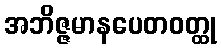
အဘိဇ္ဇမာနပေတဝတ္ထု